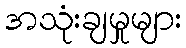
အသုံးချမှုများ